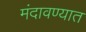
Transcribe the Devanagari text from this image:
मंदावण्यात